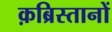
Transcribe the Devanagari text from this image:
क़ब्रिस्तानों